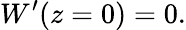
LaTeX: W^{\prime}(z=0)=0.